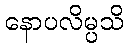
နောပလိမ္ပသိ